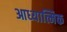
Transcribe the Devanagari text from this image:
आध्‍यात्मिक